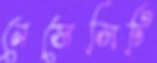
নেসেসিটি